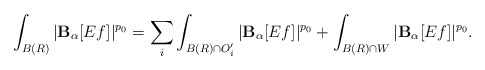
\begin{align*}\int_{B(R)} |\mathbf{B}_\alpha [Ef]|^{p_0} = \sum_i \int_{B(R) \cap O_i'} |\mathbf{B}_\alpha [Ef]|^{p_0} + \int_{B(R) \cap W} |\mathbf{B}_\alpha [Ef]|^{p_0}.\end{align*}